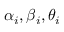
\alpha _ { i } , \beta _ { i } , \theta _ { i }